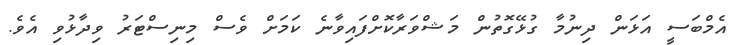
އެމްބަސީ އަޅަން ދިނުމާ ގުޅޭގޮތުން މަޝްވަރާކޮށްފައިވާނެ ކަމަށް ވެސް މިނިސްޓަރު ވިދާޅުވި އެވެ.